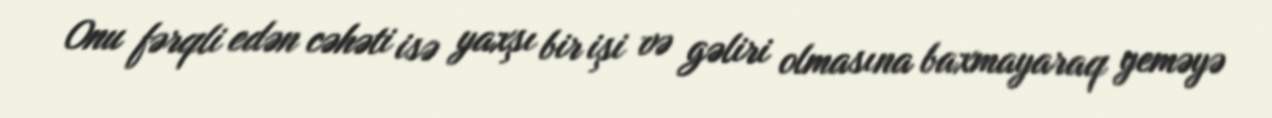
Onu fərqli edən cəhəti isə yaxşı bir işi və gəliri olmasına baxmayaraq yeməyə